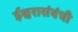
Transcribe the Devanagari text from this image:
ईश्वरासंबंधी